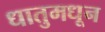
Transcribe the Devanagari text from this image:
धातुमधून